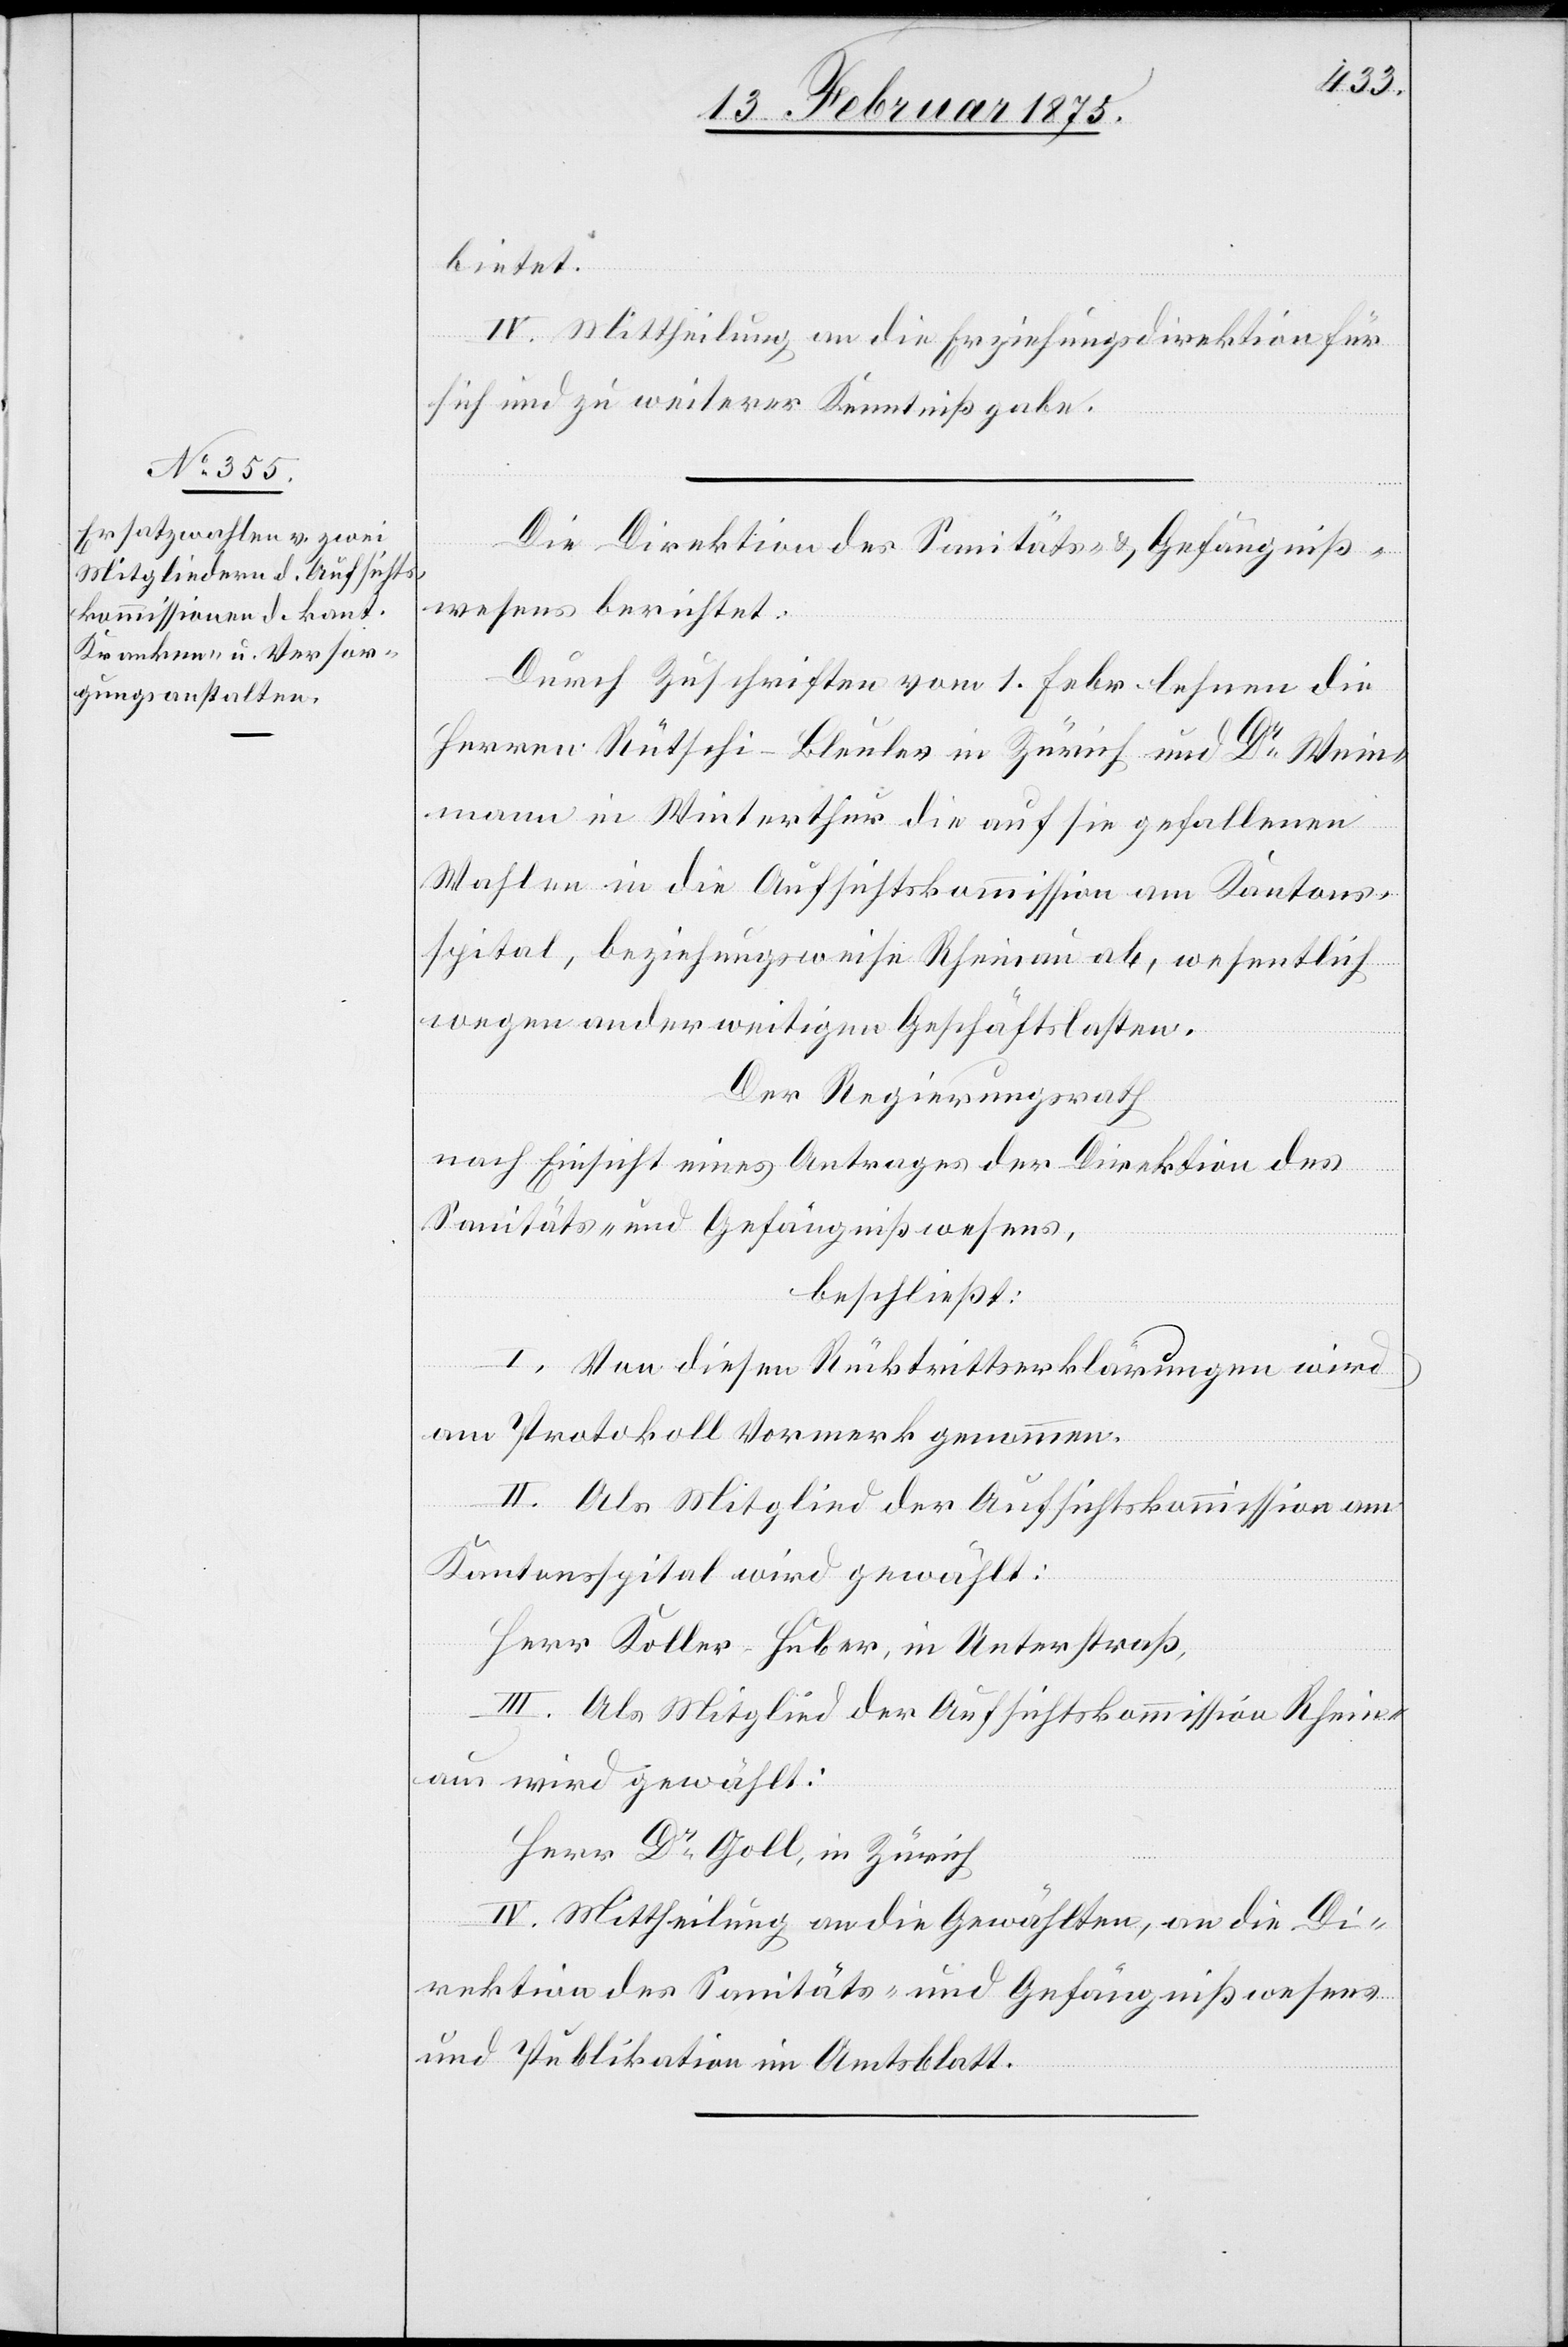
erbietet.
IV. Mittheilung an die Erziehungsdirektion für
sich und zu weiterer Kenntnißgabe.
Die Direktion des Sanitäts- und Gefängniß¬
wesens berichtet:
Durch Zuschriften vom 1. Febr lehnen die
Herren Rütschi-Bleuler in Zürich und Dr Wein¬
mann in Winterthur die auf sie gefallenen
Wahlen in die Aufsichtskommission am Kantons¬
spital, beziehungsweise Rheinau ab, wesentlich
wegen anderweitigen Geschäftslasten.
Der Regierungsrath
nach Einsicht eines Antrages der Direktion des
Sanitäts- und Gefängnißwesens,
beschließt:
I. Von diesen Rücktrittserklärungen wird
am Protokoll Vormerk genommen.
II. Als Mitglied der Aufsichtskommission am
Kantonsspital wird gewählt:
Herr Koller-Huber in Unterstraß,
III. Als Mitglied der Aufsichtskommission Rhein¬
au wird gewählt:
Herr Dr Goll, in Zürich
IV. Mittheilung an die Gewählten, an die Di¬
rektion des Sanitäts- und Gefängnißwesens
und Publikation im Amtsblatt.